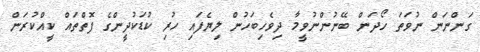
ގަންނަން ނުވަތަ ހޯދަން ބޭނުންނުވީމާ ދިވެހިބަހުން ލިޔެފައި ހުރި ކުޑަކުދީންގެ ފޮތްތައް ކީއްކުރަން